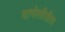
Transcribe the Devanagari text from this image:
दापोलीतील